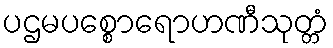
ပဌမပစ္စောရောဟဏီသုတ္တံ